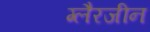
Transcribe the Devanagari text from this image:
ग्लैरजीन